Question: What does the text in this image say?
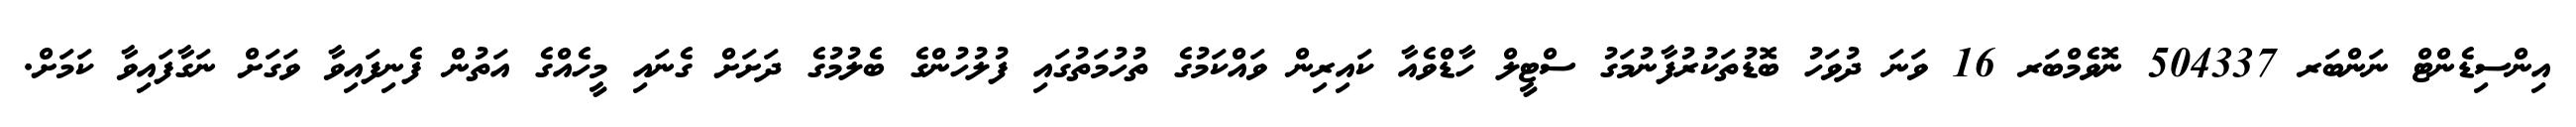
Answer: އިންސިޑެންޓް ނަންބަރ 504337 ނޮވެމްބަރ 16 ވަނަ ދުވަހު ބޮޑުތަކުރުފާނުމަގު ސްޓީލް ހާޑްވެއާ ކައިރިން ވައްކަމުގެ ތުހުމަތުގައި ފުލުހުންގެ ބެލުމުގެ ދަށަށް ގެނައި މީހެއްގެ އަތުން ފެނިފައިވާ ވަގަށް ނަގާފައިވާ ކަމަށް.